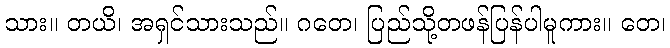
သား။ တယိ၊ အရှင်သားသည်။ ဂတေ၊ ပြည်သို့တဖန်ပြန်ပါမူကား။ တေ၊